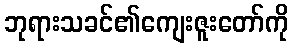
ဘုရားသခင်၏ကျေးဇူးတော်ကို